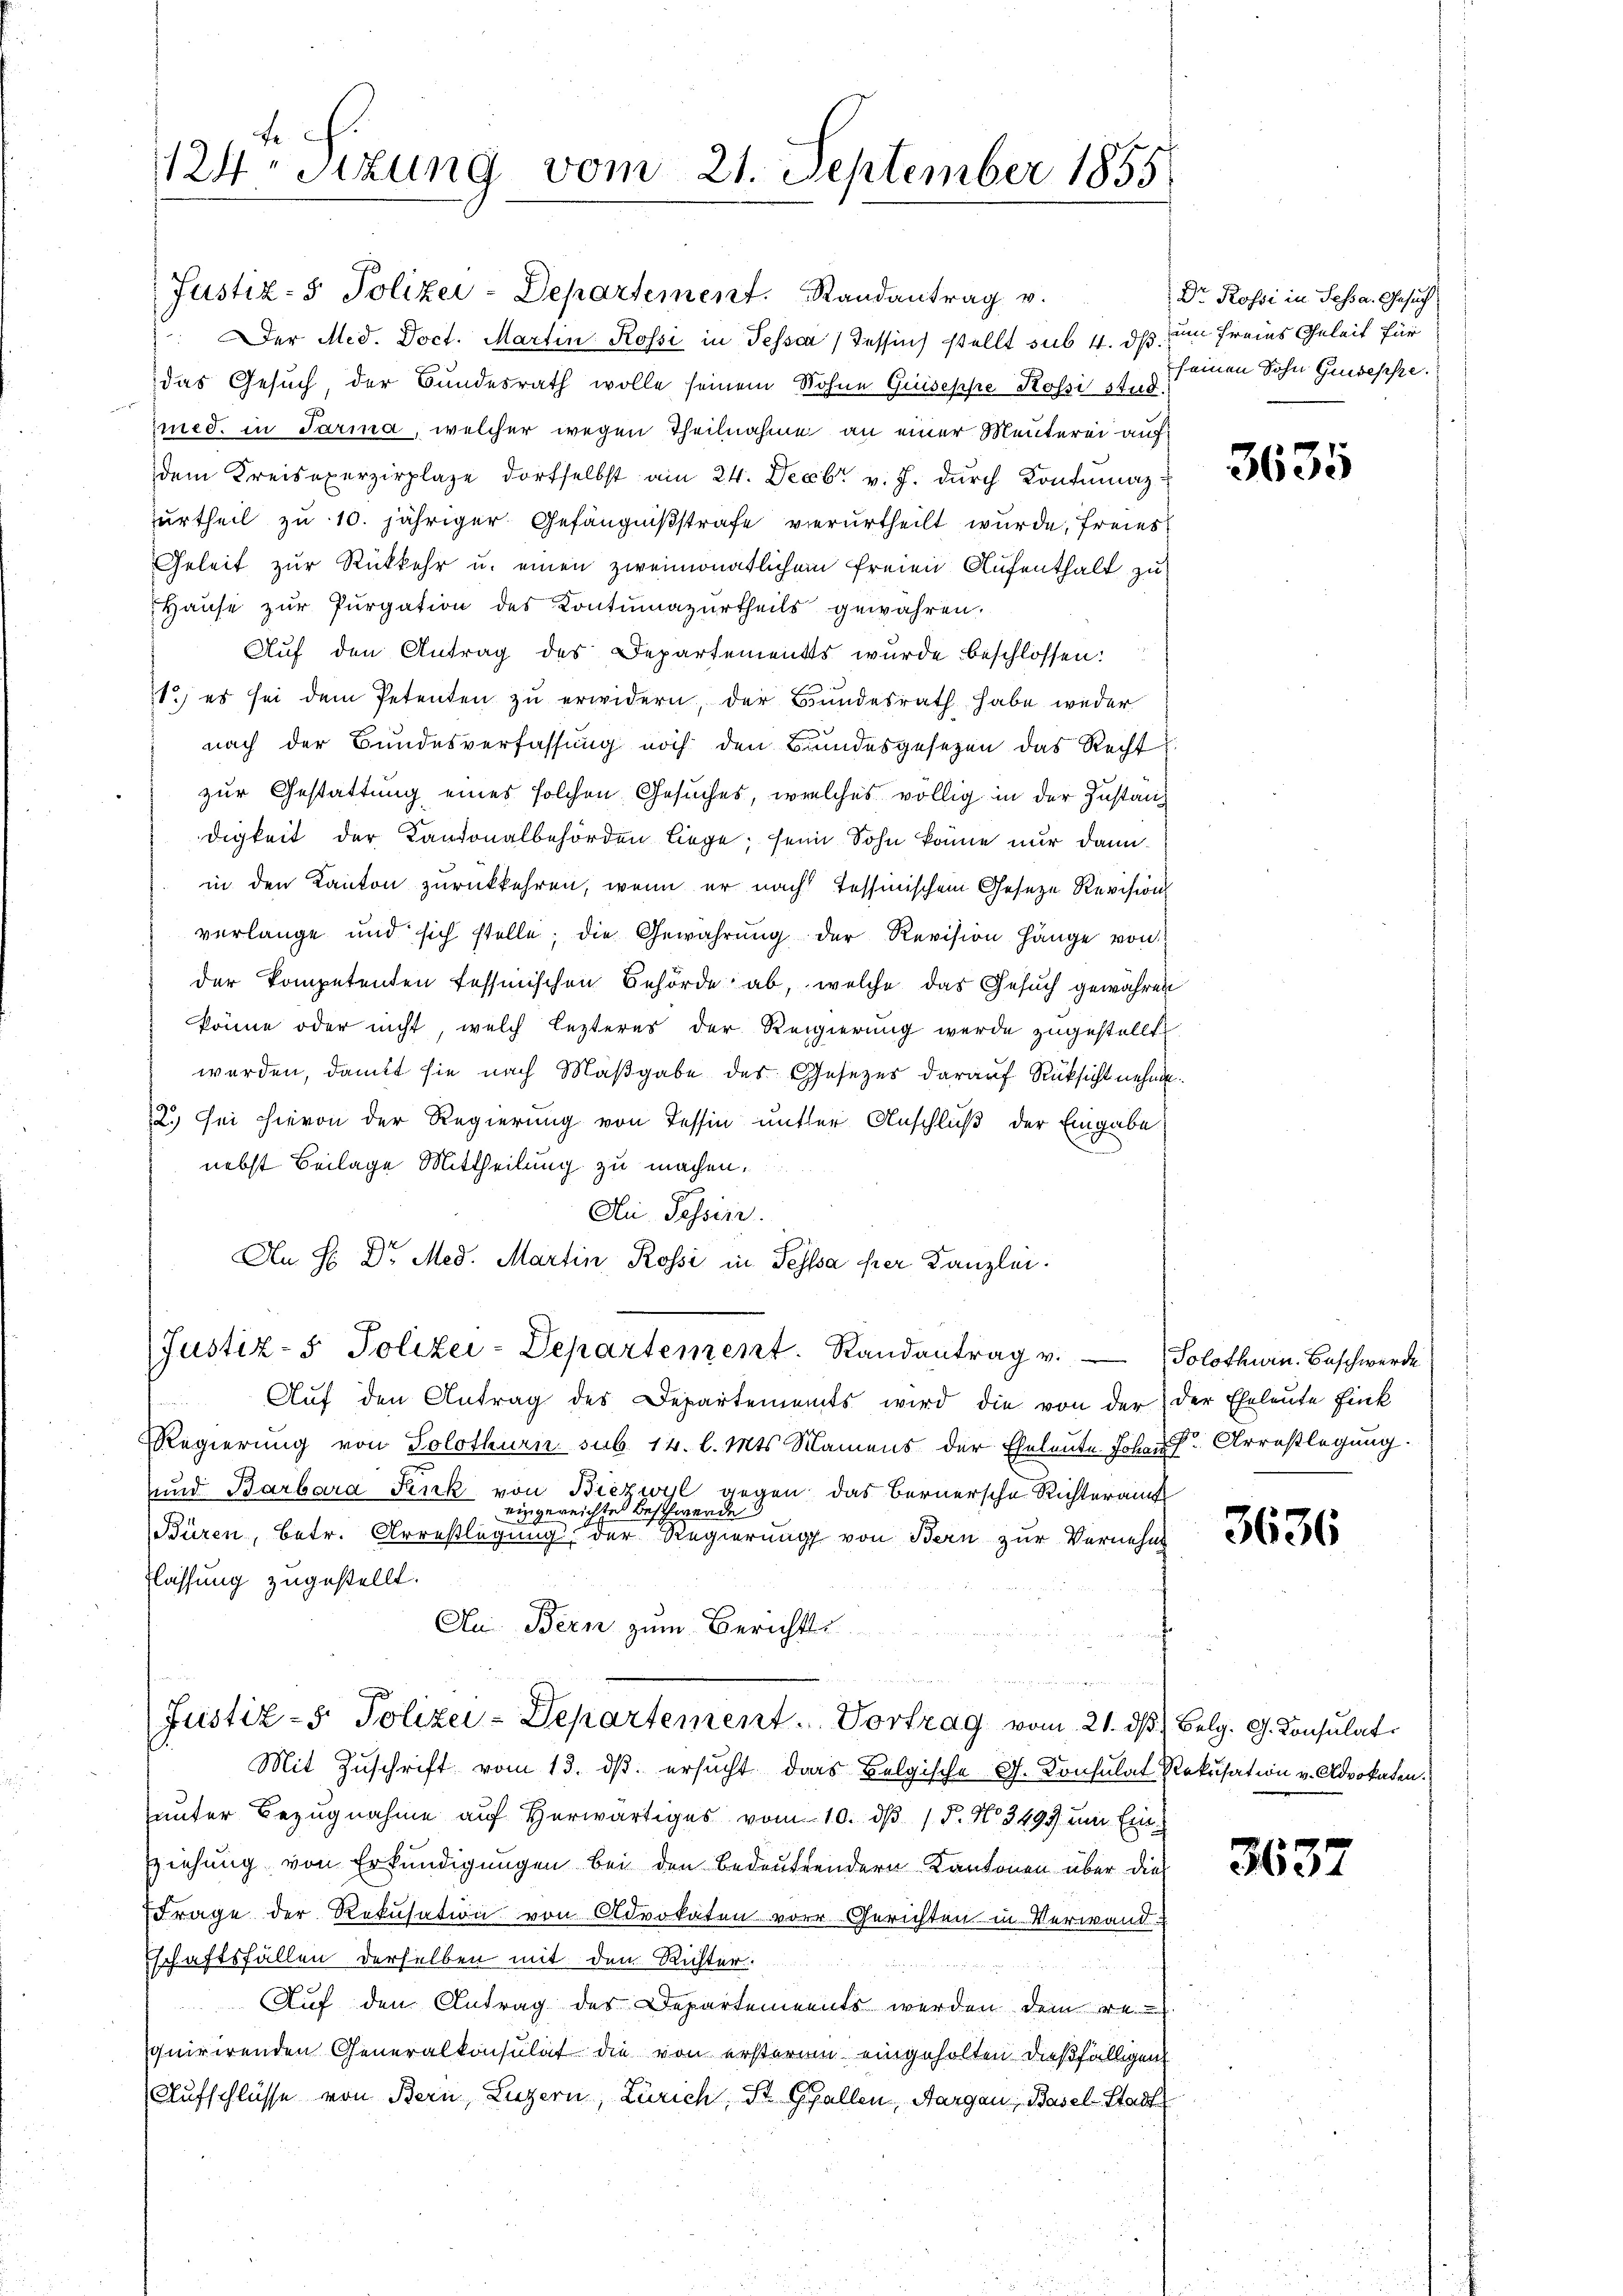
fe.
124. Sitzung vom 21. September 1855

Justiz- & Polizei-Departement. Randantrag v.
 Der Med. Doct. Martin Rossi in Tesse (Tessin stellt sub 4. ds um Freies Geleit für
das Gesuch, der Bundesrath wolle seinem Wohne Guiseppe Rossi stud.
med. in darina, welcher wegen Theilnahme an einer Menterei auf
dem Kreisexerzirplaze dortselbst am 24. Decbr. v. J. dŭrch Kontumaz-
urtheil zu 10. jähriger Gefängnißstrafe verurtheilt wurde, freies
Geleit zur Rückkehr u. einen zweimonatlichem freien Aufenthalt zu
Hause zur Purgation des Kontumazurtheils gewähren.
Auf den Antrag des Departements wurde beschlossen:
1., es sei dem Petenten zŭ erwidern, der Bundesrath habe weder
nach der Bundesverfassung noch den Bundesgesetzen das Recht
zur Gestattung eines solchen Gesuches, welches völlig in der Zustanz
digkeit der Kantonalbehörden Liege; seine Sohn könne nur dann
in den Kanton zurückkehren, wenn er nach Tessinischem Geseze Revision
verlange und sich stelle; die Gewährŭng der Revision hänge von
der kompetenten fessinischen Behörde ab, welche das Gesuch gewähren
könne oder nicht, welch lezteres der Regierung werde zugestellte
werden, damit sie nach Maßgabe des Gesezes darauf Rücksicht nehme
2.) Sei hievon der Regierung von Tessin unter Anschluß der Eingabe
nebst Beilage Mittheilung zu machen.
Ai Tessin.
An H. Dr. Med. Martin Rossi in Sesssa per Canzlei.
Justiz- & Polizei-Departement. Randantrag v. Solothurn. Beschwerde
Auf den Antrag des Departements wird die von der der Eheleute Fink
RRegierung von Solothurn sub. 14. l. Mts. Namens der Eheleute Johann Arrestlegung.
und Barbara Senk von Biezwyl gegen das Bernersche Richteramt
eingereichtet Beschwerde
Büren, betr. Arrestlegung der Regierung von Bern zur Vernehm
flassung zugestellt.
Au. Bern zum Berichtsi
Justiz- & Polizei-Departement. Vortrag vom 21. ds Belg. G. Consulat
Mit Zŭschrift vom 13. dβ. ersŭcht das Belgische G. Consulat Rekusation v. Advokaten.
unter Bezugnahme auf Herwärtiges vom 10. dβ / 5. No. 349 um Einziehung von Erkundigungen bei den bedeutendern Kantonen über dies
Frage der Rekusation von Advokaten vor Gerichten in Verwand-
Eschaftsfällen derselben mit dem Richter.
Auf den Antrag des Departements werden dem ve
quirirenden Generalkonsulat die von ersterum eingeholten dießfälligen
Aufschlüsse von Bern, Luzern, Zürich, ist Gallen, Aargau, Basel-Stadt

Dr. Rossi in Scha. Gesuch
seinen Sohn Gundesse.

3635

3636

3637